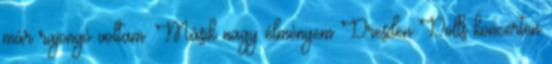
már rajongó voltam. Másik nagy élményem Dresden Dolls koncerten